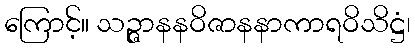
ကြောင့်။ သဉ္ဇာနနဝိဇာနနာကာရဝိသိဋ္ဌံ၊